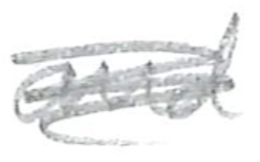
Text: and
Cross-out: scratch
Writing tool: pencil